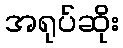
အရုပ်ဆိုး